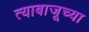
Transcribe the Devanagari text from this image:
त्याबाजूच्या